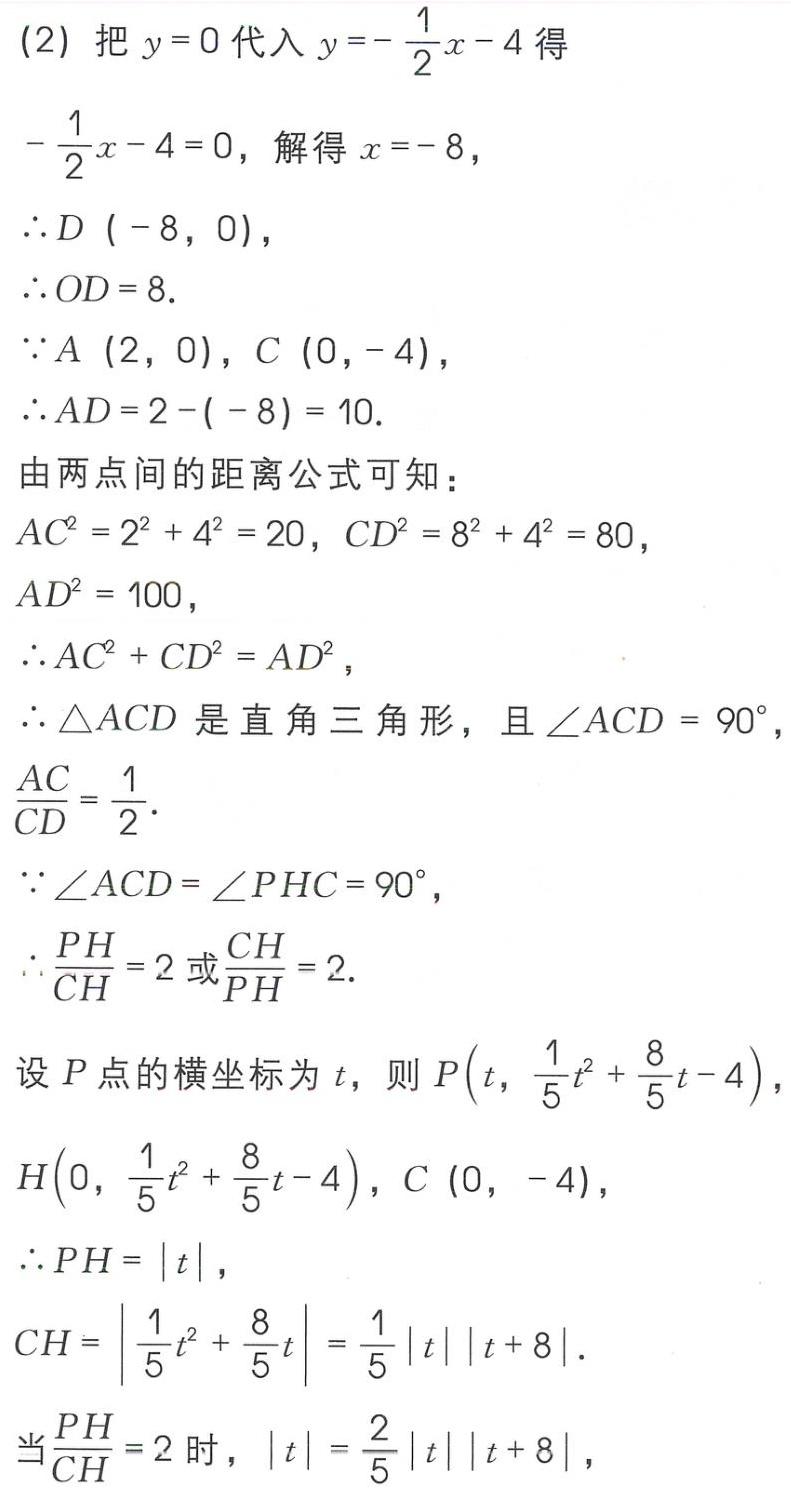
(2) 把 \(y = 0\) 代入 \(y =-\frac{1}{2}x - 4\) 得
\(-\frac{1}{2}x - 4 = 0\)，解得 \(x = - 8\)，
\(\therefore D(-8,0)\)，
\(\therefore OD = 8\).
\(\because A(2,0)\)，\(C(0,-4)\)，
\(\therefore AD = 2-(-8)=10\).
由两点间的距离公式可知：
\(AC^{2}=2^{2}+4^{2}=20\)，\(CD^{2}=8^{2}+4^{2}=80\)，
\(AD^{2}=100\)，
\(\therefore AC^{2}+CD^{2}=AD^{2}\)，
\(\therefore \triangle ACD\) 是直角三角形，且 \(\angle ACD = 90^{\circ}\)，
\(\frac{AC}{CD}=\frac{1}{2}\).
\(\because \angle ACD=\angle PHC = 90^{\circ}\)，
\(\therefore \frac{PH}{CH}=2\) 或 \(\frac{CH}{PH}=2\).
设 \(P\) 点的横坐标为 \(t\)，则 \(P\left(t,\frac{1}{5}t^{2}+\frac{8}{5}t - 4\right)\)，
\(H\left(0,\frac{1}{5}t^{2}+\frac{8}{5}t - 4\right)\)，\(C(0,-4)\)，
\(\therefore PH = |t|\)，
\(CH=\left|\frac{1}{5}t^{2}+\frac{8}{5}t\right|=\frac{1}{5}|t||t + 8|\).
当 \(\frac{PH}{CH}=2\) 时，\(|t|=\frac{2}{5}|t||t + 8|\)，